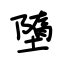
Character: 墮